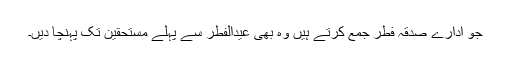
جو ادارے صدقہ فطر جمع کرتے ہیں وہ بھی عیدالفطر سے پہلے مستحقین تک پہنچا دیں۔